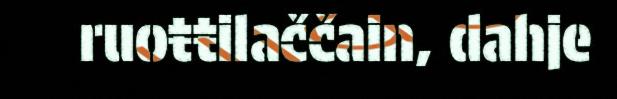
ruoŧŧilaččain, dahje